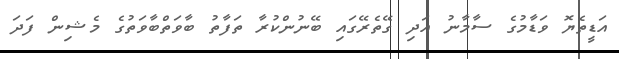
އަޑީތެޔޮ ވަޑާމުގެ ސާމާނު އަދި ގޭތެރޭގައި ބޭނުންކުރާ ތަފާތު ބާވަތްބާވަތުގެ މެޝިން ފަދަ